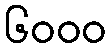
၆၀၀၀